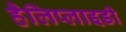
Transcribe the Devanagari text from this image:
हैलिप्लाइडी